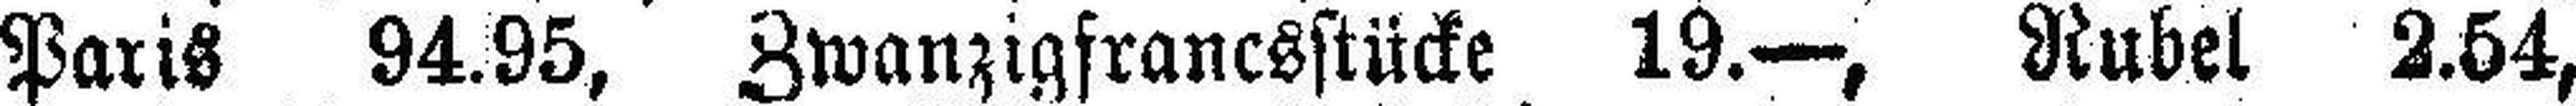
Paris 94.95, Zwanzigfrancsstücke 19.—, Rubel 2.54,